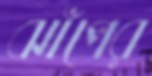
ঝাঁপের